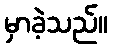
မှာခဲ့သည်။